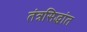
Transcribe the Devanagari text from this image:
तंत्रसिद्धांत